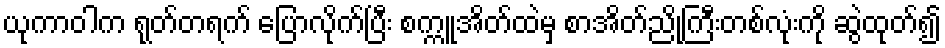
ယုကာဝါက ရုတ်တရက် ပြောလိုက်ပြီး စက္ကူအိတ်ထဲမှ စာအိတ်ညိုကြီးတစ်လုံးကို ဆွဲထုတ်၍